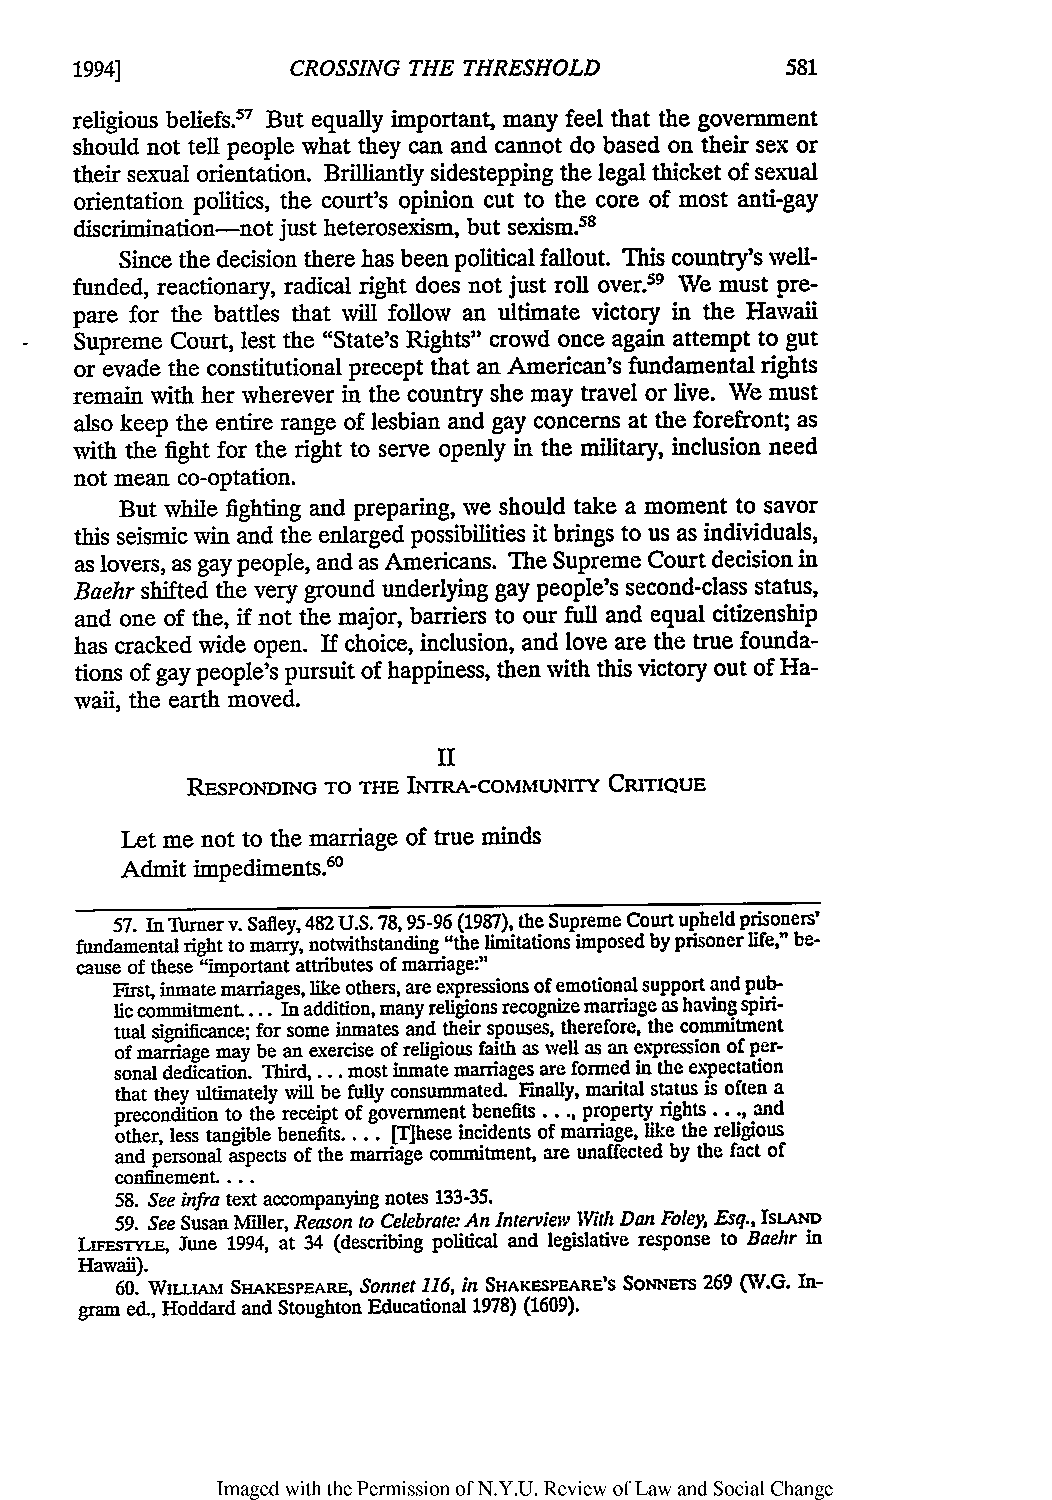
1994]         CROSSING THE THRESHOLD
 religious beliefs.57 But equally important, many feel that the government
 should not tell people what they can and cannot do based on their sex or
 their sexual orientation. Brilliantly sidestepping the legal thicket of sexual
 orientation politics, the court's opinion cut to the core of most anti-gay
 discrimination-not just heterosexism, but sexism.58
 Since the decision there has been political fallout. This country's well-
 funded, reactionary, radical right does not just roll over59 We must pre-
 pare for the battles that will follow an ultimate victory in the Hawaii
 Supreme Court, lest the "State's Rights" crowd once again attempt to gut
 or evade the constitutional precept that an American's fundamental rights
 remain with her wherever in the country she may travel or live. We must
 also keep the entire range of lesbian and gay concerns at the forefront; as
 with the fight for the right to serve openly in the military, inclusion need
 not mean co-optation.
 But while fighting and preparing, we should take a moment to savor
 this seismic win and the enlarged possibilities it brings to us as individuals,
 as lovers, as gay people, and as Americans. The Supreme Court decision in
 Baehr shifted the very ground underlying gay people's second-class status,
 and one of the, if not the major, barriers to our full and equal citizenship
 has cracked wide open. If choice, inclusion, and love are the true founda-
 tions of gay people's pursuit of happiness, then with this victory out of Ha-
 waii, the earth moved.
 II
 RESPONDING TO THE INTRA-COMMUNITY CRITIQUE
 Let me not to the marriage of true minds
 Admit impediments.6'
 57. In Turner v. Safley, 482 U.S. 78, 95-96 (1987), the Supreme Court upheld prisoners'
 fundamental right to marry, notwithstanding "the limitations imposed by prisoner life," be-
 cause of these "important attributes of marriage:"
 First, inmate marriages, like others, are expressions of emotional support and pub-
 lic commitment.... In addition, many religions recognize marriage as having spiri-
 tual significance; for some inmates and their spouses, therefore, the commitment
 of marriage may be an exercise of religious faith as well as an expression of per-
 sonal dedication. Third, . most inmate marriages are formed in the expectation
 that they ultimately will be fully consummated. Finally, marital status is often a
 precondition to the receipt of government benefits .... property rights.. ., and
 other, less tangible benefits.... [T]hese incidents of marriage, like the religious
 and personal aspects of the marriage commitment, are unaffected by the fact of
 confinement. ...
 58. See infra text accompanying notes 133-35.
 59. See Susan Miller, Reason to Celebrate."A n Interview With Dan Foley, Esq., ISLAND
 LIFESTYLE, June 1994, at 34 (describing political and legislative response to Baehr in
 Hawaii).
 60. WILLIAM SHAKFsPFARF, Sonnet 116, in SHAKESPEARE'S SoNNErs 269 (W.G. In-
 gram ed., Hoddard and Stoughton Educational 1978) (1609).
 Imaged with the Permission of N.Y.U. Review of Law and Social Change